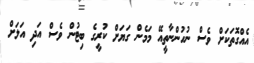
އެއްގޮތަކަށް ވެސް ނުހުންނާތީއޭ މަމެން ގަޔަށް ކުރީގެ ބިޓުން ވެސް އަދި އަލަށް